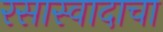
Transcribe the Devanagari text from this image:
रसास्वादाचा